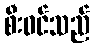
စီးဝင်သည်